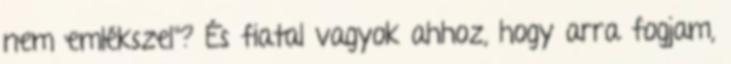
nem emlékszel"? És fiatal vagyok ahhoz, hogy arra fogjam,